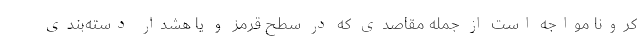
کرونا مواجه است از جمله مقاصدی که در سطح قرمز و یا هشدار دسته‌بندی